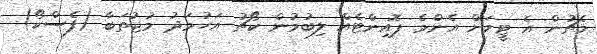
މެޗުން އެ ޓީމަށް އެންމެ ޕޮއިންޓެއް ލިބުމުން ކޯޗު އަހުމަދު މުޖުތަބާ (ފެސްކޯ)